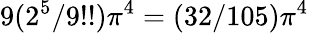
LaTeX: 9(2^{5}/9!!)\pi^{4}=(32/105)\pi^{4}